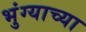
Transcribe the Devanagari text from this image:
भुंग्याच्या